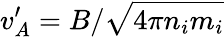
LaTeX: v_{A}^{\prime}=B/\sqrt{4\pi n_{i}m_{i}}